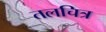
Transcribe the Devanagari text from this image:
तलचित्र